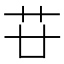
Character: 𦬵